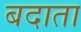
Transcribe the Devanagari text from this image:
बदाता